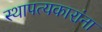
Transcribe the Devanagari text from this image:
स्थापत्यकारांना